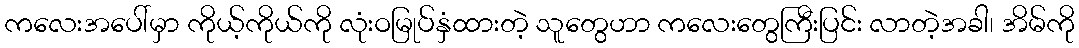
ကလေးအပေါ်မှာ ကိုယ့်ကိုယ်ကို လုံးဝမြုပ်နှံထားတဲ့ သူတွေဟာ ကလေးတွေကြီးပြင်း လာတဲ့အခါ၊ အိမ်ကို